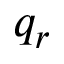
q _ { r }